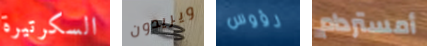
السكرتيرة ويريدون رؤوس أمستردام